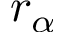
r _ { \alpha }